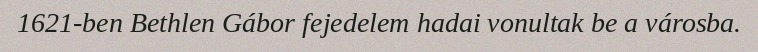
1621-ben Bethlen Gábor fejedelem hadai vonultak be a városba.